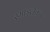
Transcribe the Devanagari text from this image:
स्माइलैक्स